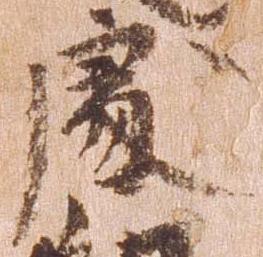
処